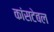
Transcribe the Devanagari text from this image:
कांसटेबल